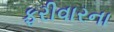
ફરીવારના